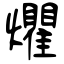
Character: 爠